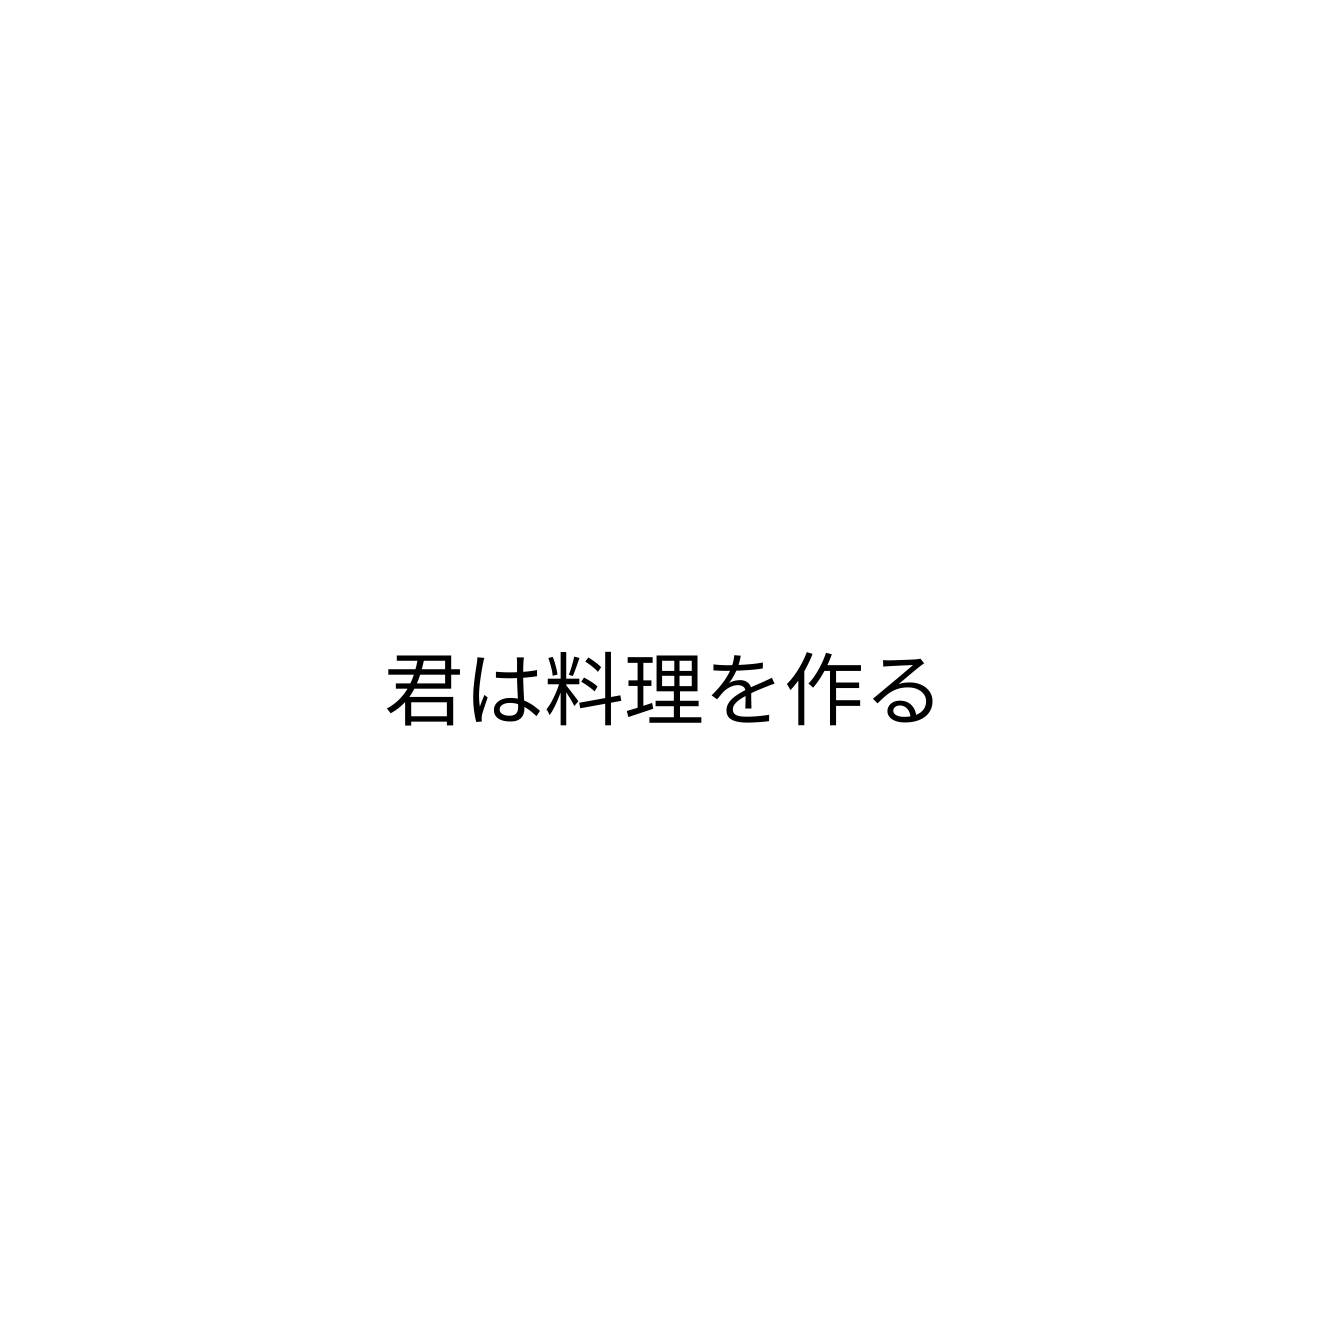
君は料理を作る